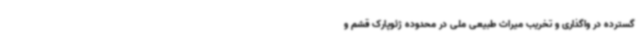
گسترده در واگذاری و تخریب میراث طبیعی ملی در محدوده ژئوپارک قشم و